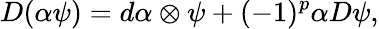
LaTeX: D(\alpha\psi)=d\alpha\otimes\psi+(-1)^{p}\alpha D\psi,